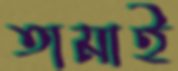
তামাই